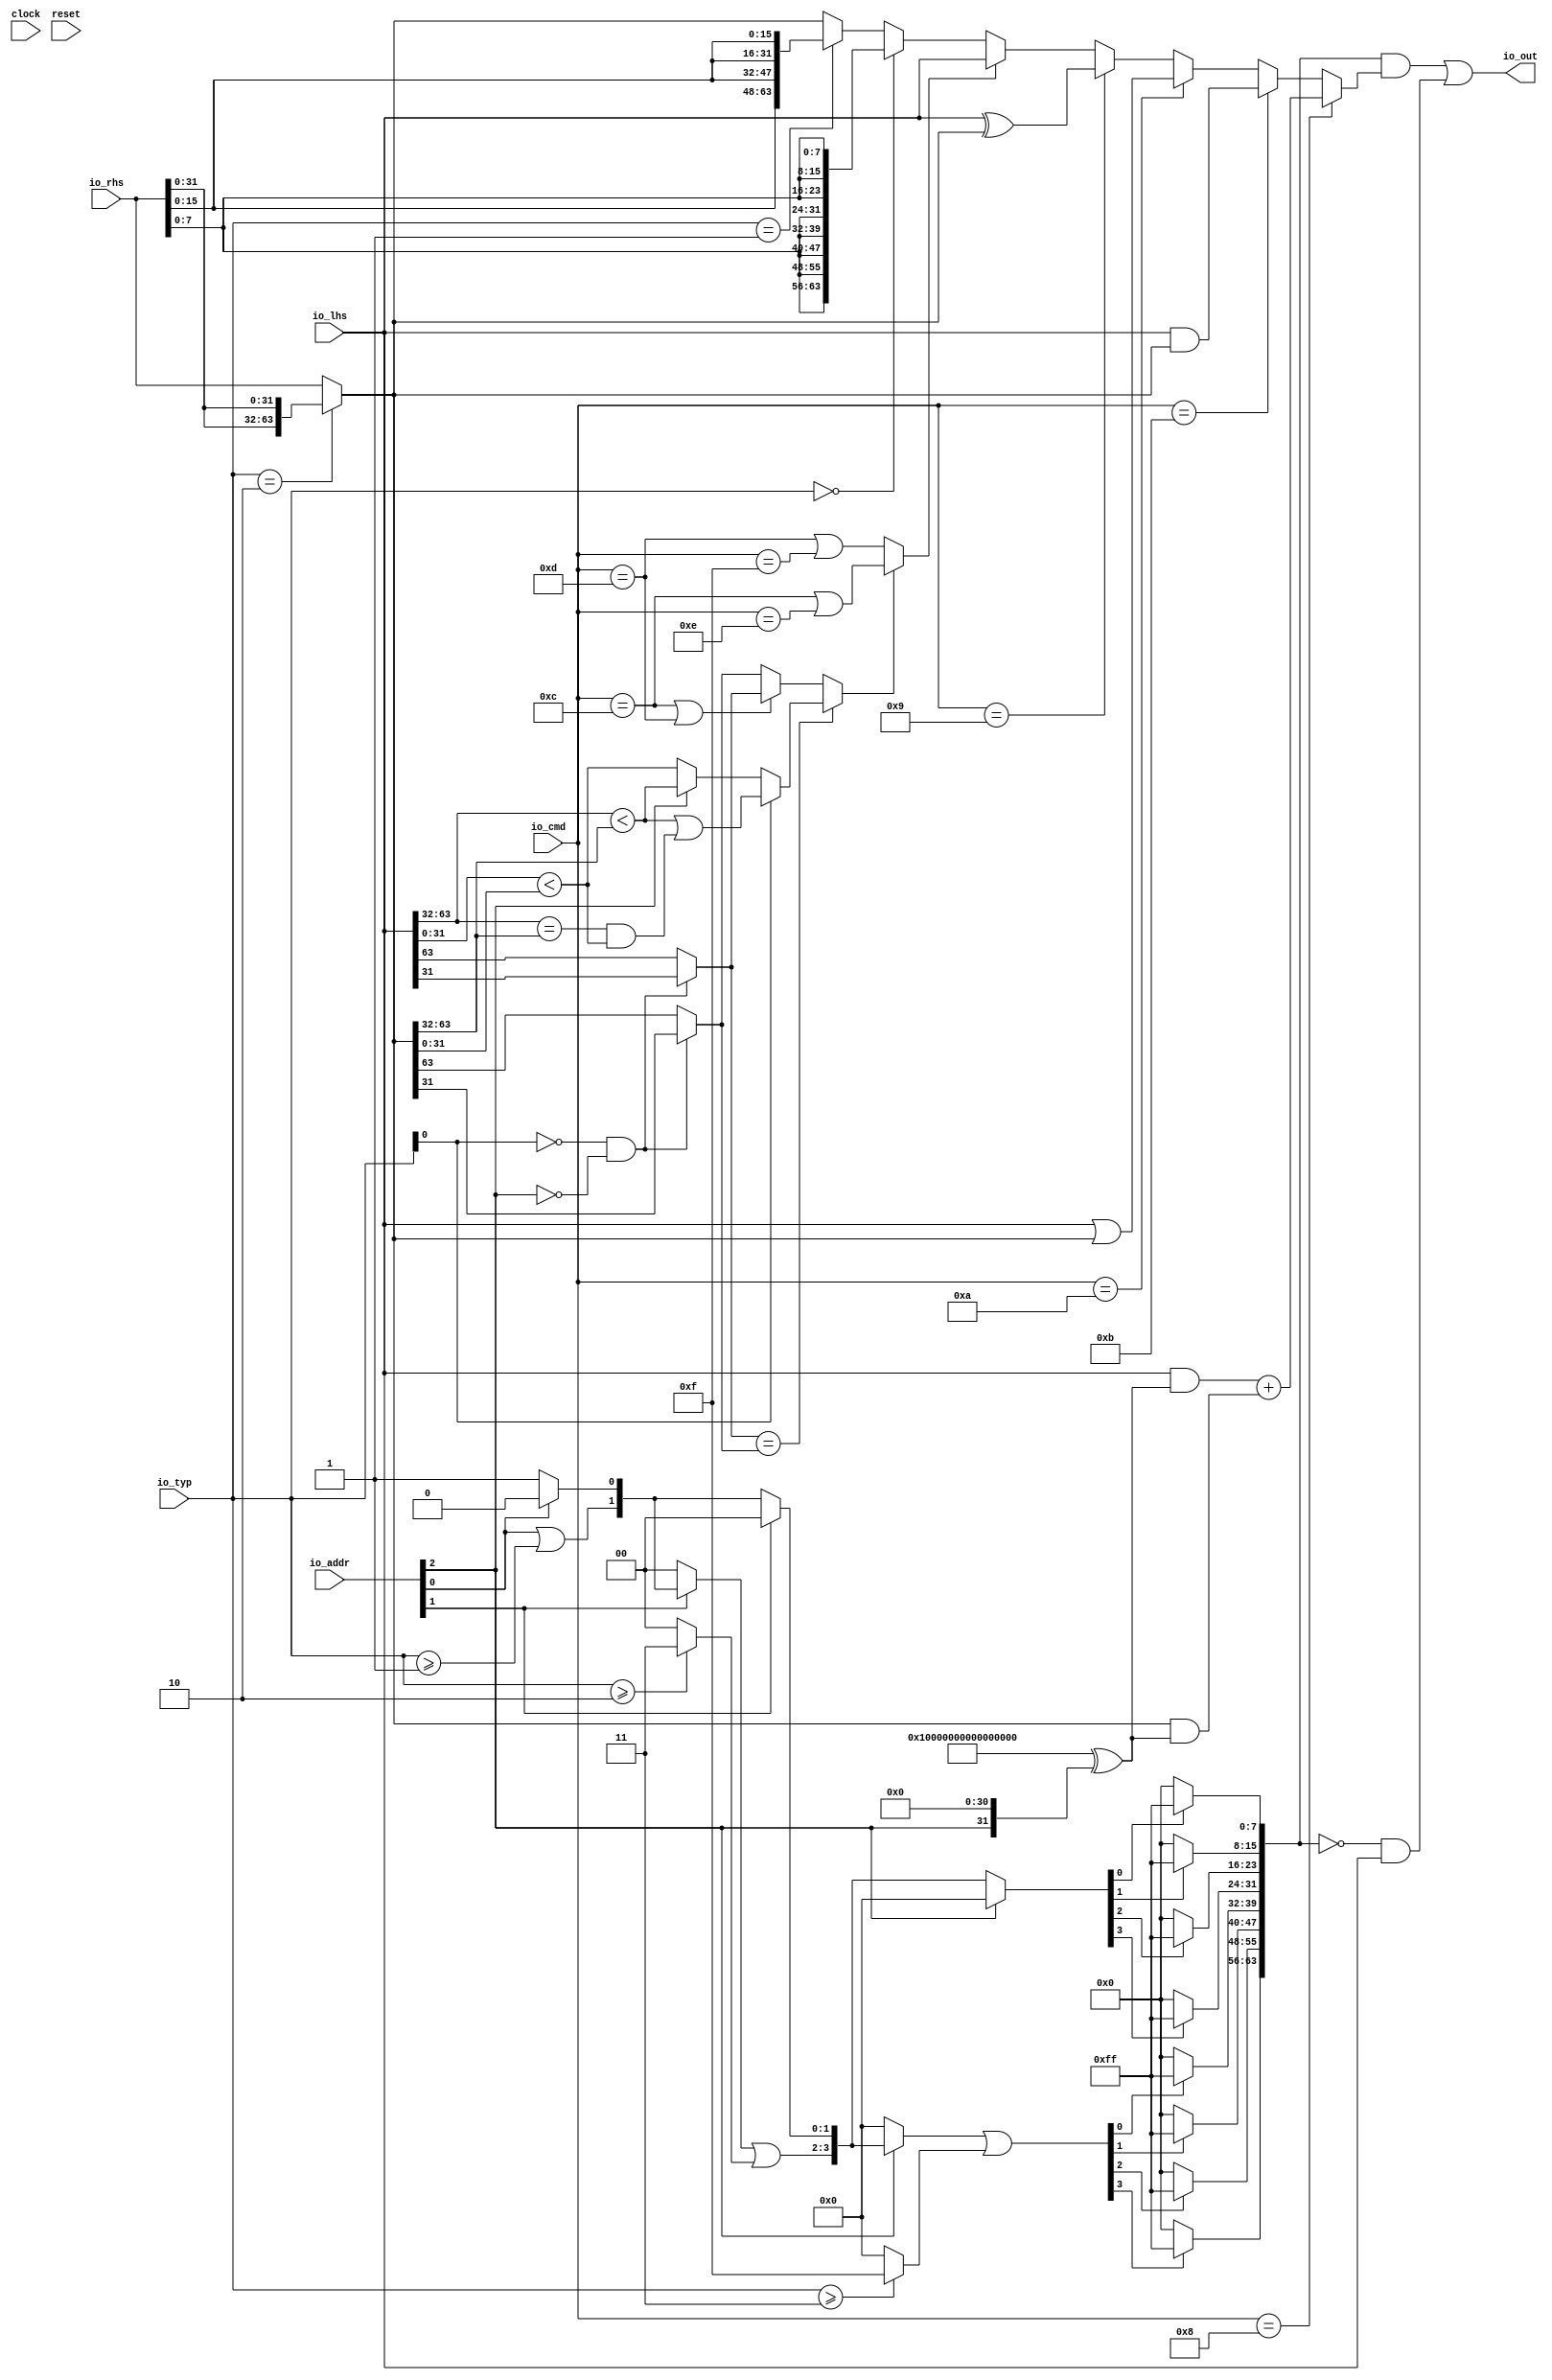
module AMOALU(
  input   clock,
  input   reset,
  input  [2:0] io_addr,
  input  [4:0] io_cmd,
  input  [1:0] io_typ,
  input  [63:0] io_lhs,
  input  [63:0] io_rhs,
  output [63:0] io_out
);
  wire  _T_16;
  wire [31:0] _T_17;
  wire [63:0] _T_18;
  wire [63:0] rhs;
  wire  _T_20;
  wire  _T_22;
  wire  sgned;
  wire  _T_26;
  wire  max;
  wire  _T_30;
  wire  min;
  wire  _T_33;
  wire [31:0] _GEN_0;
  wire [31:0] _T_34;
  wire [63:0] _GEN_1;
  wire [63:0] _T_35;
  wire [63:0] _T_36;
  wire [63:0] _T_37;
  wire [64:0] _T_38;
  wire [63:0] adder_out;
  wire  _T_39;
  wire  _T_41;
  wire  _T_44;
  wire  _T_45;
  wire  _T_46;
  wire  _T_47;
  wire  _T_48;
  wire  _T_53;
  wire  _T_54;
  wire  _T_55;
  wire [31:0] _T_56;
  wire [31:0] _T_57;
  wire  _T_58;
  wire [31:0] _T_59;
  wire [31:0] _T_60;
  wire  _T_61;
  wire  _T_64;
  wire  _T_66;
  wire  _T_67;
  wire  _T_68;
  wire  _T_69;
  wire  _T_70;
  wire  _T_71;
  wire  less;
  wire  _T_73;
  wire  _T_75;
  wire [63:0] _T_76;
  wire  _T_78;
  wire [63:0] _T_79;
  wire  _T_81;
  wire [63:0] _T_82;
  wire  _T_83;
  wire  _T_85;
  wire [7:0] _T_86;
  wire [15:0] _T_87;
  wire [31:0] _T_88;
  wire [63:0] _T_89;
  wire  _T_91;
  wire [15:0] _T_92;
  wire [31:0] _T_93;
  wire [63:0] _T_94;
  wire [63:0] _T_100;
  wire [63:0] _T_101;
  wire [63:0] _T_102;
  wire [63:0] _T_103;
  wire [63:0] _T_104;
  wire [63:0] _T_105;
  wire [63:0] out;
  wire  _T_107;
  wire  _T_111;
  wire  _T_115;
  wire  _T_118;
  wire [1:0] _T_119;
  wire  _T_120;
  wire [1:0] _T_122;
  wire  _T_124;
  wire [1:0] _T_127;
  wire [1:0] _T_128;
  wire [1:0] _T_131;
  wire [3:0] _T_132;
  wire [3:0] _T_135;
  wire  _T_137;
  wire [3:0] _T_140;
  wire [3:0] _T_141;
  wire [3:0] _T_144;
  wire [7:0] _T_145;
  wire  _T_146;
  wire  _T_147;
  wire  _T_148;
  wire  _T_149;
  wire  _T_150;
  wire  _T_151;
  wire  _T_152;
  wire  _T_153;
  wire [7:0] _T_157;
  wire [7:0] _T_161;
  wire [7:0] _T_165;
  wire [7:0] _T_169;
  wire [7:0] _T_173;
  wire [7:0] _T_177;
  wire [7:0] _T_181;
  wire [7:0] _T_185;
  wire [15:0] _T_186;
  wire [15:0] _T_187;
  wire [31:0] _T_188;
  wire [15:0] _T_189;
  wire [15:0] _T_190;
  wire [31:0] _T_191;
  wire [63:0] wmask;
  wire [63:0] _T_192;
  wire [63:0] _T_193;
  wire [63:0] _T_194;
  wire [63:0] _T_195;
  assign io_out = _T_195;
  assign _T_16 = io_typ == 2'h2;
  assign _T_17 = io_rhs[31:0];
  assign _T_18 = {_T_17,_T_17};
  assign rhs = _T_16 ? _T_18 : io_rhs;
  assign _T_20 = io_cmd == 5'hc;
  assign _T_22 = io_cmd == 5'hd;
  assign sgned = _T_20 | _T_22;
  assign _T_26 = io_cmd == 5'hf;
  assign max = _T_22 | _T_26;
  assign _T_30 = io_cmd == 5'he;
  assign min = _T_20 | _T_30;
  assign _T_33 = io_addr[2];
  assign _GEN_0 = {{31'd0}, _T_33};
  assign _T_34 = _GEN_0 << 31;
  assign _GEN_1 = {{32'd0}, _T_34};
  assign _T_35 = 64'hffffffffffffffff ^ _GEN_1;
  assign _T_36 = io_lhs & _T_35;
  assign _T_37 = rhs & _T_35;
  assign _T_38 = _T_36 + _T_37;
  assign adder_out = _T_38[63:0];
  assign _T_39 = io_typ[0];
  assign _T_41 = _T_39 == 1'h0;
  assign _T_44 = _T_33 == 1'h0;
  assign _T_45 = _T_41 & _T_44;
  assign _T_46 = io_lhs[31];
  assign _T_47 = io_lhs[63];
  assign _T_48 = _T_45 ? _T_46 : _T_47;
  assign _T_53 = rhs[31];
  assign _T_54 = rhs[63];
  assign _T_55 = _T_45 ? _T_53 : _T_54;
  assign _T_56 = io_lhs[31:0];
  assign _T_57 = rhs[31:0];
  assign _T_58 = _T_56 < _T_57;
  assign _T_59 = io_lhs[63:32];
  assign _T_60 = rhs[63:32];
  assign _T_61 = _T_59 < _T_60;
  assign _T_64 = _T_59 == _T_60;
  assign _T_66 = _T_33 ? _T_61 : _T_58;
  assign _T_67 = _T_64 & _T_58;
  assign _T_68 = _T_61 | _T_67;
  assign _T_69 = _T_41 ? _T_66 : _T_68;
  assign _T_70 = _T_48 == _T_55;
  assign _T_71 = sgned ? _T_48 : _T_55;
  assign less = _T_70 ? _T_69 : _T_71;
  assign _T_73 = io_cmd == 5'h8;
  assign _T_75 = io_cmd == 5'hb;
  assign _T_76 = io_lhs & rhs;
  assign _T_78 = io_cmd == 5'ha;
  assign _T_79 = io_lhs | rhs;
  assign _T_81 = io_cmd == 5'h9;
  assign _T_82 = io_lhs ^ rhs;
  assign _T_83 = less ? min : max;
  assign _T_85 = io_typ == 2'h0;
  assign _T_86 = io_rhs[7:0];
  assign _T_87 = {_T_86,_T_86};
  assign _T_88 = {_T_87,_T_87};
  assign _T_89 = {_T_88,_T_88};
  assign _T_91 = io_typ == 2'h1;
  assign _T_92 = io_rhs[15:0];
  assign _T_93 = {_T_92,_T_92};
  assign _T_94 = {_T_93,_T_93};
  assign _T_100 = _T_91 ? _T_94 : rhs;
  assign _T_101 = _T_85 ? _T_89 : _T_100;
  assign _T_102 = _T_83 ? io_lhs : _T_101;
  assign _T_103 = _T_81 ? _T_82 : _T_102;
  assign _T_104 = _T_78 ? _T_79 : _T_103;
  assign _T_105 = _T_75 ? _T_76 : _T_104;
  assign out = _T_73 ? adder_out : _T_105;
  assign _T_107 = io_addr[0];
  assign _T_111 = io_typ >= 2'h1;
  assign _T_115 = _T_107 | _T_111;
  assign _T_118 = _T_107 ? 1'h0 : 1'h1;
  assign _T_119 = {_T_115,_T_118};
  assign _T_120 = io_addr[1];
  assign _T_122 = _T_120 ? _T_119 : 2'h0;
  assign _T_124 = io_typ >= 2'h2;
  assign _T_127 = _T_124 ? 2'h3 : 2'h0;
  assign _T_128 = _T_122 | _T_127;
  assign _T_131 = _T_120 ? 2'h0 : _T_119;
  assign _T_132 = {_T_128,_T_131};
  assign _T_135 = _T_33 ? _T_132 : 4'h0;
  assign _T_137 = io_typ >= 2'h3;
  assign _T_140 = _T_137 ? 4'hf : 4'h0;
  assign _T_141 = _T_135 | _T_140;
  assign _T_144 = _T_33 ? 4'h0 : _T_132;
  assign _T_145 = {_T_141,_T_144};
  assign _T_146 = _T_145[0];
  assign _T_147 = _T_145[1];
  assign _T_148 = _T_145[2];
  assign _T_149 = _T_145[3];
  assign _T_150 = _T_145[4];
  assign _T_151 = _T_145[5];
  assign _T_152 = _T_145[6];
  assign _T_153 = _T_145[7];
  assign _T_157 = _T_146 ? 8'hff : 8'h0;
  assign _T_161 = _T_147 ? 8'hff : 8'h0;
  assign _T_165 = _T_148 ? 8'hff : 8'h0;
  assign _T_169 = _T_149 ? 8'hff : 8'h0;
  assign _T_173 = _T_150 ? 8'hff : 8'h0;
  assign _T_177 = _T_151 ? 8'hff : 8'h0;
  assign _T_181 = _T_152 ? 8'hff : 8'h0;
  assign _T_185 = _T_153 ? 8'hff : 8'h0;
  assign _T_186 = {_T_161,_T_157};
  assign _T_187 = {_T_169,_T_165};
  assign _T_188 = {_T_187,_T_186};
  assign _T_189 = {_T_177,_T_173};
  assign _T_190 = {_T_185,_T_181};
  assign _T_191 = {_T_190,_T_189};
  assign wmask = {_T_191,_T_188};
  assign _T_192 = wmask & out;
  assign _T_193 = ~ wmask;
  assign _T_194 = _T_193 & io_lhs;
  assign _T_195 = _T_192 | _T_194;
endmodule